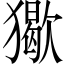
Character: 𤢔